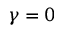
\gamma = 0